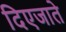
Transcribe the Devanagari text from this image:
दिएजाते